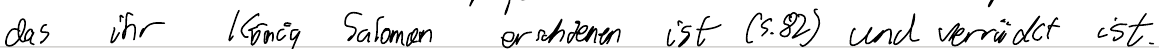
das ihr König Salomon erschienen ist (S. 82) und verrückt ist.